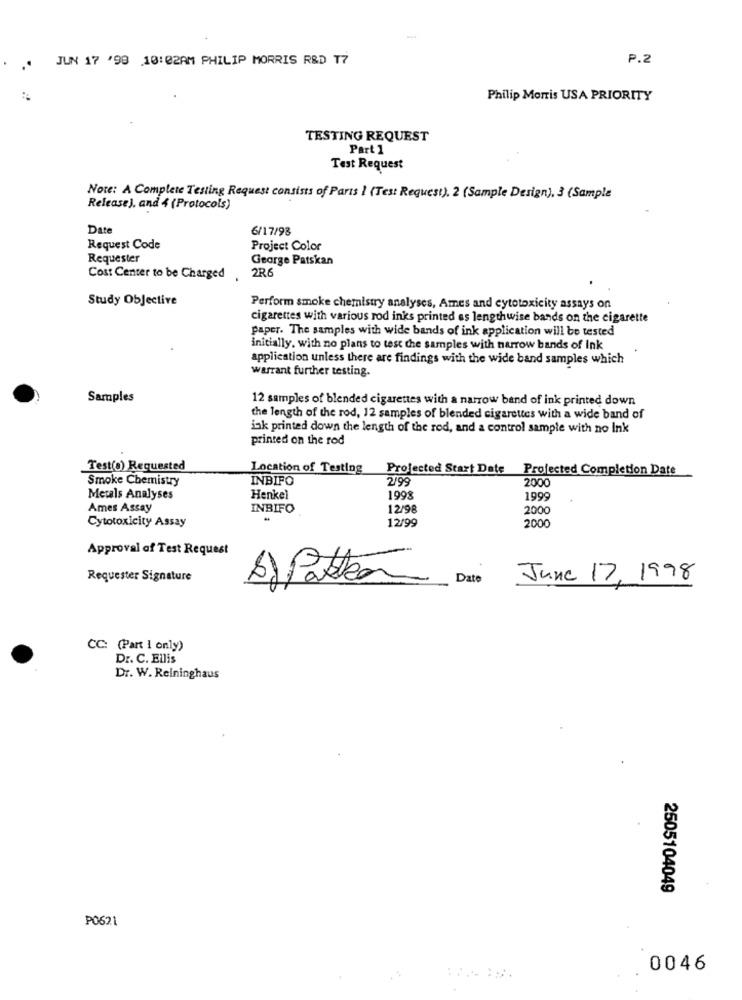
JUN 17 '98 10:02AM PHILIP MORRIS R&D T7
P.2
Philip Morris USA PRIORITY
TESTING REQUEST
Part 1
Test Request
Note: A Complete Testing Request consists of Paris ! (Test Request), 2 (Sample Design), 3 (Sample
Release), and 4 (Protocols)
Date
6/17/98
Request Code
Project Color
Requester
George Patskan
2R6
Cost Center to be Charged .
Study Objective
Perform smoke chemistry analyses, Ames and cytotoxicity assays on
cigarettes with various rod inks printed es lengthwise bands on the cigarette
paper. The samples with wide bands of ink application will be tested
initially, with no plans to test the samples with narrow bands of Ink
application unless there are findings with the wide band samples which
warrant further testing.
Samples
12 samples of blended cigarettes with a narrow band of ink printed down
the length of the rod, 12 samples of blended cigarettes with a wide band of
ink printed down the length of the rod, and a control sample with no Ink
printed on the rod
Test(o) Requested
Location of Testing
Projected Start Date Profected Completion Date
Smoke Chemistry
INBIFO
2199
2000
Metals Analyses
Henkel
1998
1999
Ames Assay
INBIFO
12/98
2000
12/99
Cytotoxicity Assay
2000
Approval of Test Request
Requester Signature
b) Pattern
Date
June 17, 1998
CC: (Part I only)
Dr. C. Ellis
Dr. W. Reininghaus
2505104049
PO621
0046